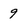
Character: 9